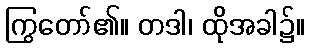
ကြွတော်၏။ တဒါ၊ ထိုအခါ၌။